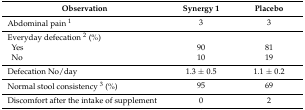
<table><thead><tr><td><b>Observation</b></td><td><b>Synergy 1</b></td><td><b>Placebo</b></td></tr></thead><tbody><tr><td>Abdominal pain <sup>1</sup></td><td>3</td><td>3</td></tr><tr><td>Everyday defecation <sup>2</sup> (%)</td><td></td><td></td></tr><tr><td> Yes</td><td>90</td><td>81</td></tr><tr><td> No</td><td>10</td><td>19</td></tr><tr><td>Defecation No/day</td><td>1.3 ± 0.5</td><td>1.1 ± 0.2</td></tr><tr><td>Normal stool consistency <sup>3</sup> (%)</td><td>95</td><td>69</td></tr><tr><td>Discomfort after the intake of supplement</td><td>0</td><td>2</td></tr></tbody></table>